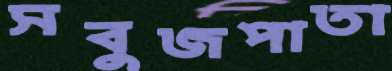
সবুজপাতা